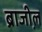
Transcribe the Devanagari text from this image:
ब्राजी़ल